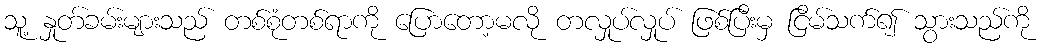
သူ့ နှုတ်ခမ်းများသည် တစ်စုံတစ်ရာကို ပြောတော့မလို တလှုပ်လှုပ် ဖြစ်ပြီးမှ ငြိမ်သက်၍ သွားသည်ကို